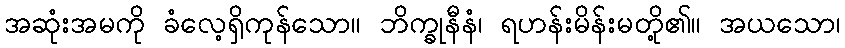
အဆုံးအမကို ခံလေ့ရှိကုန်သော။ ဘိက္ခုနီနံ၊ ရဟန်းမိန်းမတို့၏။ အယသော၊